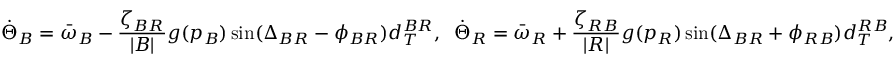
\dot { \Theta } _ { B } = \bar { \omega } _ { B } - \frac { \zeta _ { B R } } { | { \cal B } | } g ( p _ { B } ) \sin ( \Delta _ { B R } - \phi _ { B R } ) d _ { T } ^ { B R } , \; \; \dot { \Theta } _ { R } = \bar { \omega } _ { R } + \frac { \zeta _ { R B } } { | { \cal R } | } g ( p _ { R } ) \sin ( \Delta _ { B R } + \phi _ { R B } ) d _ { T } ^ { R B } ,